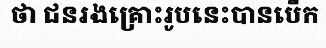
ថា ជនរងគ្រោះរូបនេះបានបើក